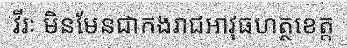
វីរៈ មិនមែនជាកងរាជអាវុធហត្ថខេត្ត